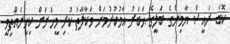
ކޮބާ ރައީސް ޔާމިންގެ ބަލީގެ ޙަބަރު އާމުކުރުމަށް ވަކާލާތު ކުރި މީހުނަށް ކިހިނެއްތިވީ